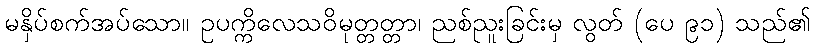
မနှိပ်စက်အပ်သော။ ဥပက္ကိလေသဝိမုတ္တတ္တာ၊ ညစ်ညူးခြင်းမှ လွတ် (ပေ ၉၁) သည်၏